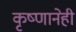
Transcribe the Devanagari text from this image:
कृष्णानेही